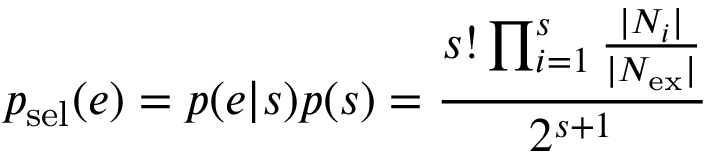
p _ { \mathrm { s e l } } ( e ) = p ( e | s ) p ( s ) = \frac { s ! \prod _ { i = 1 } ^ { s } \frac { | N _ { i } | } { | N _ { \mathrm { e x } } | } } { 2 ^ { s + 1 } }